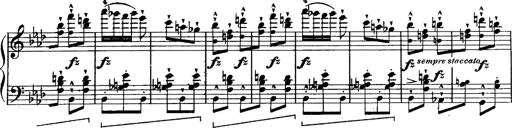
Title: Schubert's Impromptus [revised and edited by Franz Liszt]
Composer: Franz Liszt